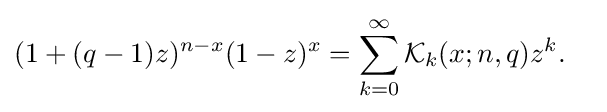
{\begin{aligned}(1+(q-1)z)^{n-x}(1-z)^{x}&=\sum _{k=0}^{\infty }{\mathcal {K}}_{k}(x;n,q){z^{k}}.\end{aligned}}